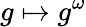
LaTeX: g\mapsto g^{\omega}